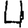
Digit: 4